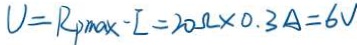
V = R _ { p \max } - I = 2 0 \Omega \times 0 . 3 A = 6 V